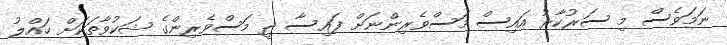
ނަމަވެސް މި ސަރުކާރު އައިސް މަސްވެރިންނަށް ފައިސާ ދީ މަސްވެރިންގެ ޝަކުވާތަކަށް ހައްލު